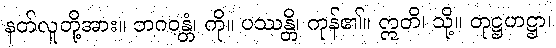
နတ်လူတို့အား။ ဘဂဝန္တံ၊ ကို။ ပဿန္တိ၊ ကုန်၏။ ဣတိ၊ သို့။ တုဋ္ဌဟဋ္ဌာ၊